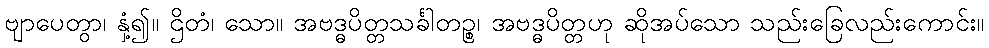
ဗျာပေတွာ၊ နှံ့၍။ ဌိတံ၊ သော။ အဗဒ္ဓပိတ္တသင်္ခါတဉ္စ၊ အဗဒ္ဓပိတ္တဟု ဆိုအပ်သော သည်းခြေလည်းကောင်း။